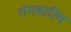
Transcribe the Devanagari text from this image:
गंगवारिय